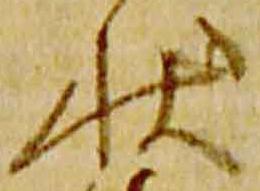
状